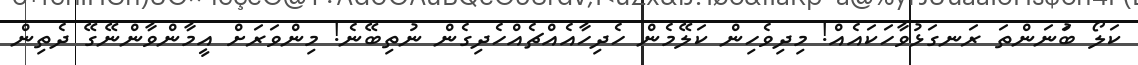
ކަލޯ ބުަނަންތަ ރަނގަޅުވާހަކައެއް! މިދިވެހިން ކަލޭމެން ހެދިހާއެއްޗެއްހެދިގެން ނުތިބޭނެ! މިންވަރަށް އީމާންވާންނޭގޭ ދެތިން